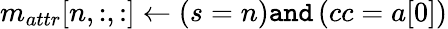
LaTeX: m_{attr}[n,:,:]\gets\left(s=n\right)\texttt{and}\left(cc=a[0]\right)